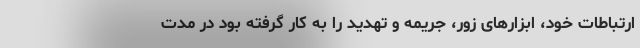
ارتباطات خود، ابزارهای زور، جریمه و تهدید را به کار گرفته بود در مدت